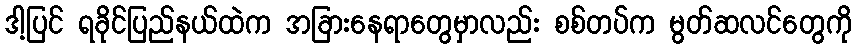
ဒါ့ပြင် ရခိုင်ပြည်နယ်ထဲက အခြားနေရာတွေမှာလည်း စစ်တပ်က မွတ်ဆလင်တွေကို